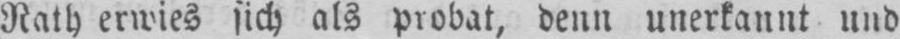
Rath erwies sich als probat, denn unerkannt und